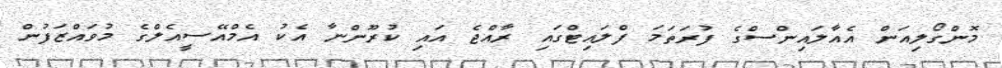
މޮންގޯލިއަން އެއާލައިންސްގެ ފުރަތަމަ ފްލައިޓްގައި ރާއްޖެ އައި ކުރޫންނާ އެކު އެމްއޭސީއެލްގެ މުވައްޒަފުން